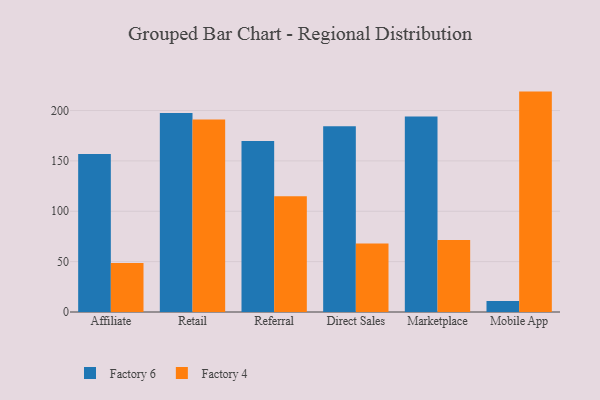
{"axis": {"x": "Channel", "y": "Latency (ms)"}, "legend": ["Factory 4", "Factory 6"], "data": [{"x": "Affiliate", "y": 156.9, "type": "Factory 6"}, {"x": "Affiliate", "y": 48.6, "type": "Factory 4"}, {"x": "Retail", "y": 197.5, "type": "Factory 6"}, {"x": "Retail", "y": 191.0, "type": "Factory 4"}, {"x": "Referral", "y": 169.8, "type": "Factory 6"}, {"x": "Referral", "y": 115.0, "type": "Factory 4"}, {"x": "Direct Sales", "y": 184.4, "type": "Factory 6"}, {"x": "Direct Sales", "y": 67.9, "type": "Factory 4"}, {"x": "Marketplace", "y": 194.1, "type": "Factory 6"}, {"x": "Marketplace", "y": 71.5, "type": "Factory 4"}, {"x": "Mobile App", "y": 10.9, "type": "Factory 6"}, {"x": "Mobile App", "y": 218.8, "type": "Factory 4"}]}